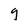
Character: g